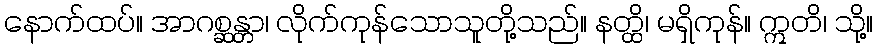
နောက်ထပ်။ အာဂစ္ဆန္တာ၊ လိုက်ကုန်သောသူတို့သည်။ နတ္ထိ၊ မရှိကုန်။ ဣတိ၊ သို့။